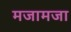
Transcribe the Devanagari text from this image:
मजामजा